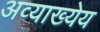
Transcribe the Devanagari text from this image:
अव्याख्येय